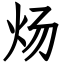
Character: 炀